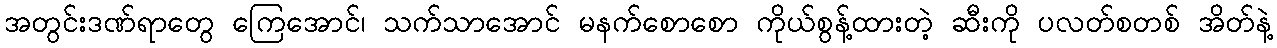
အတွင်းဒဏ်ရာတွေ ကြေအောင်၊ သက်သာအောင် မနက်စောစော ကိုယ်စွန့်ထားတဲ့ ဆီးကို ပလတ်စတစ် အိတ်နဲ့